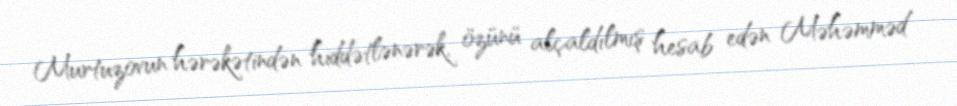
Murtuzovun hərəkətindən hiddətlənərək, özünü alçaldılmış hesab edən Məhəmməd